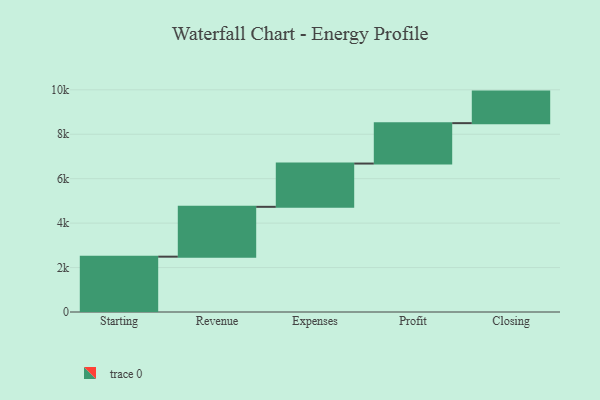
{"axis": {"x": "Step", "y": "Value"}, "legend": [""], "data": [{"x": "Starting", "y": 2490.0, "type": ""}, {"x": "Revenue", "y": 2243.0, "type": ""}, {"x": "Expenses", "y": 1948.0, "type": ""}, {"x": "Profit", "y": 1818.0, "type": ""}, {"x": "Closing", "y": 1420.0, "type": ""}]}